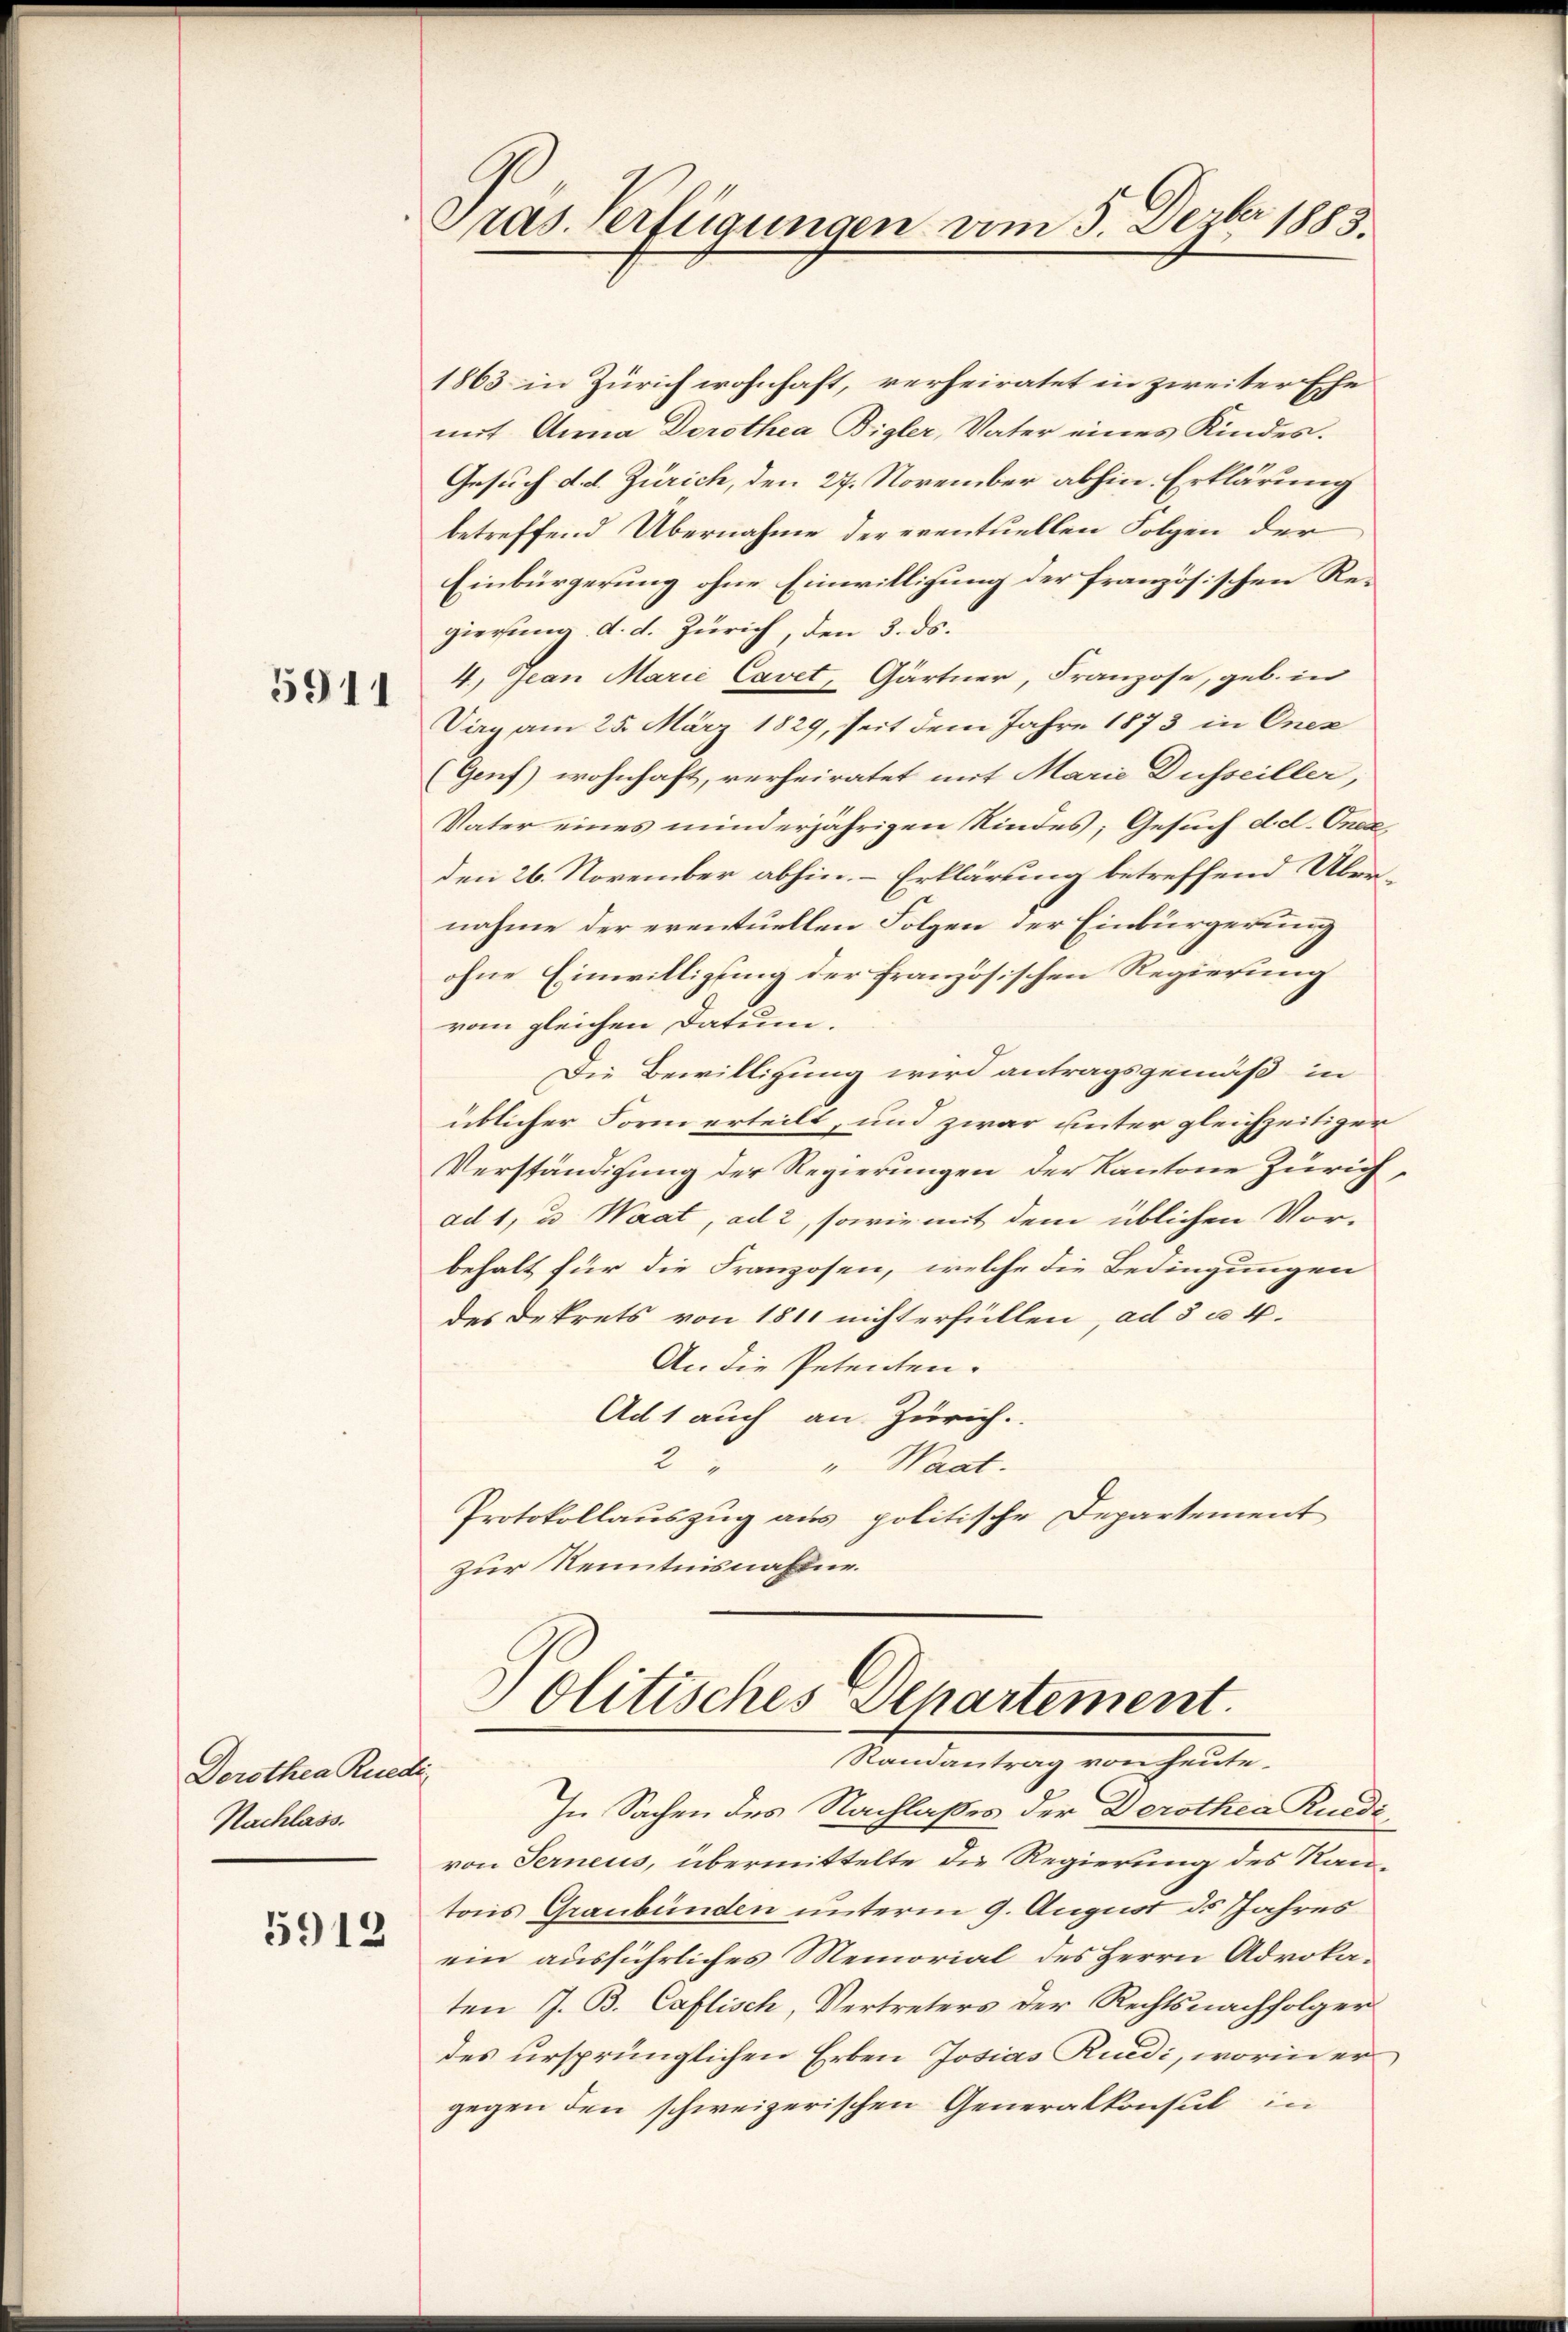
5911

Derothea Ruedi
Nachlass.
5912

Präs. Verfügungen vom 5. Dezbr 1883

1863 in Zürich wohnhaft, verheiratet in zweiter Ehe
mit Anna Dorothea Bigler, Vater eines Kindes.
Gesuch d. d. Zürich, den 27. November abhin. Erklärung
betreffend Übernahme der eventuellen Folgen der
Einbürgerung ohne Einwilligung der französischen Regierung d. d. Zürich, den 3. ds.
4.) Jean Marie Cavet, Gärtner, Franzose, geb. in
Virg am 25. März 1829, seit dem Jahre 1873 in Onez
(Genf) wohnhaft, verheiratet mit Marie Dusseiller,
Vater eines minderjährigen Kindes; Gesuch dd. Onede
den 26. November abhin. Erklärung betreffend Übernahme der eventuellen Folgen der Einbürgerung
ohne Einwilligung der französischen Regierung
vom gleichen Datum.
Die Bewilligung wird antragsgemäß in
üblicher Form erteilt, und zwar unter gleichzeitiger
Verständigung der Regierungen der Kantone Zürich,
ad 1, u. Waat, ad 2, sowie mit dem üblichen Vor-
behalt für die Franzosen, welche die Bedingungen
des Dekrets von 1811 nichterfüllen, ad 5 à 4.
An die Petenten.
Ad 1 auch an Zürich.
2
"Waat.
Protokollauszug aus politische Departement
zur Kenntnisnahme.

politisches Departement.
Randantrag von heute.
In Sachen des Nachlaßes der Derothea Ruedi

von Ferneus, übermittelte die Regierung des Ran-
tons Graubünden unterm 9. August ds Jahres
ein ausführliches Memorial des Herrn Advokaten J. B. Caflisch, Vertreters der Rechtsnachfolger
des ursprünglichen Erben Josias Ruedi, worin er
gegen den schweizerischen Generalkonsul in